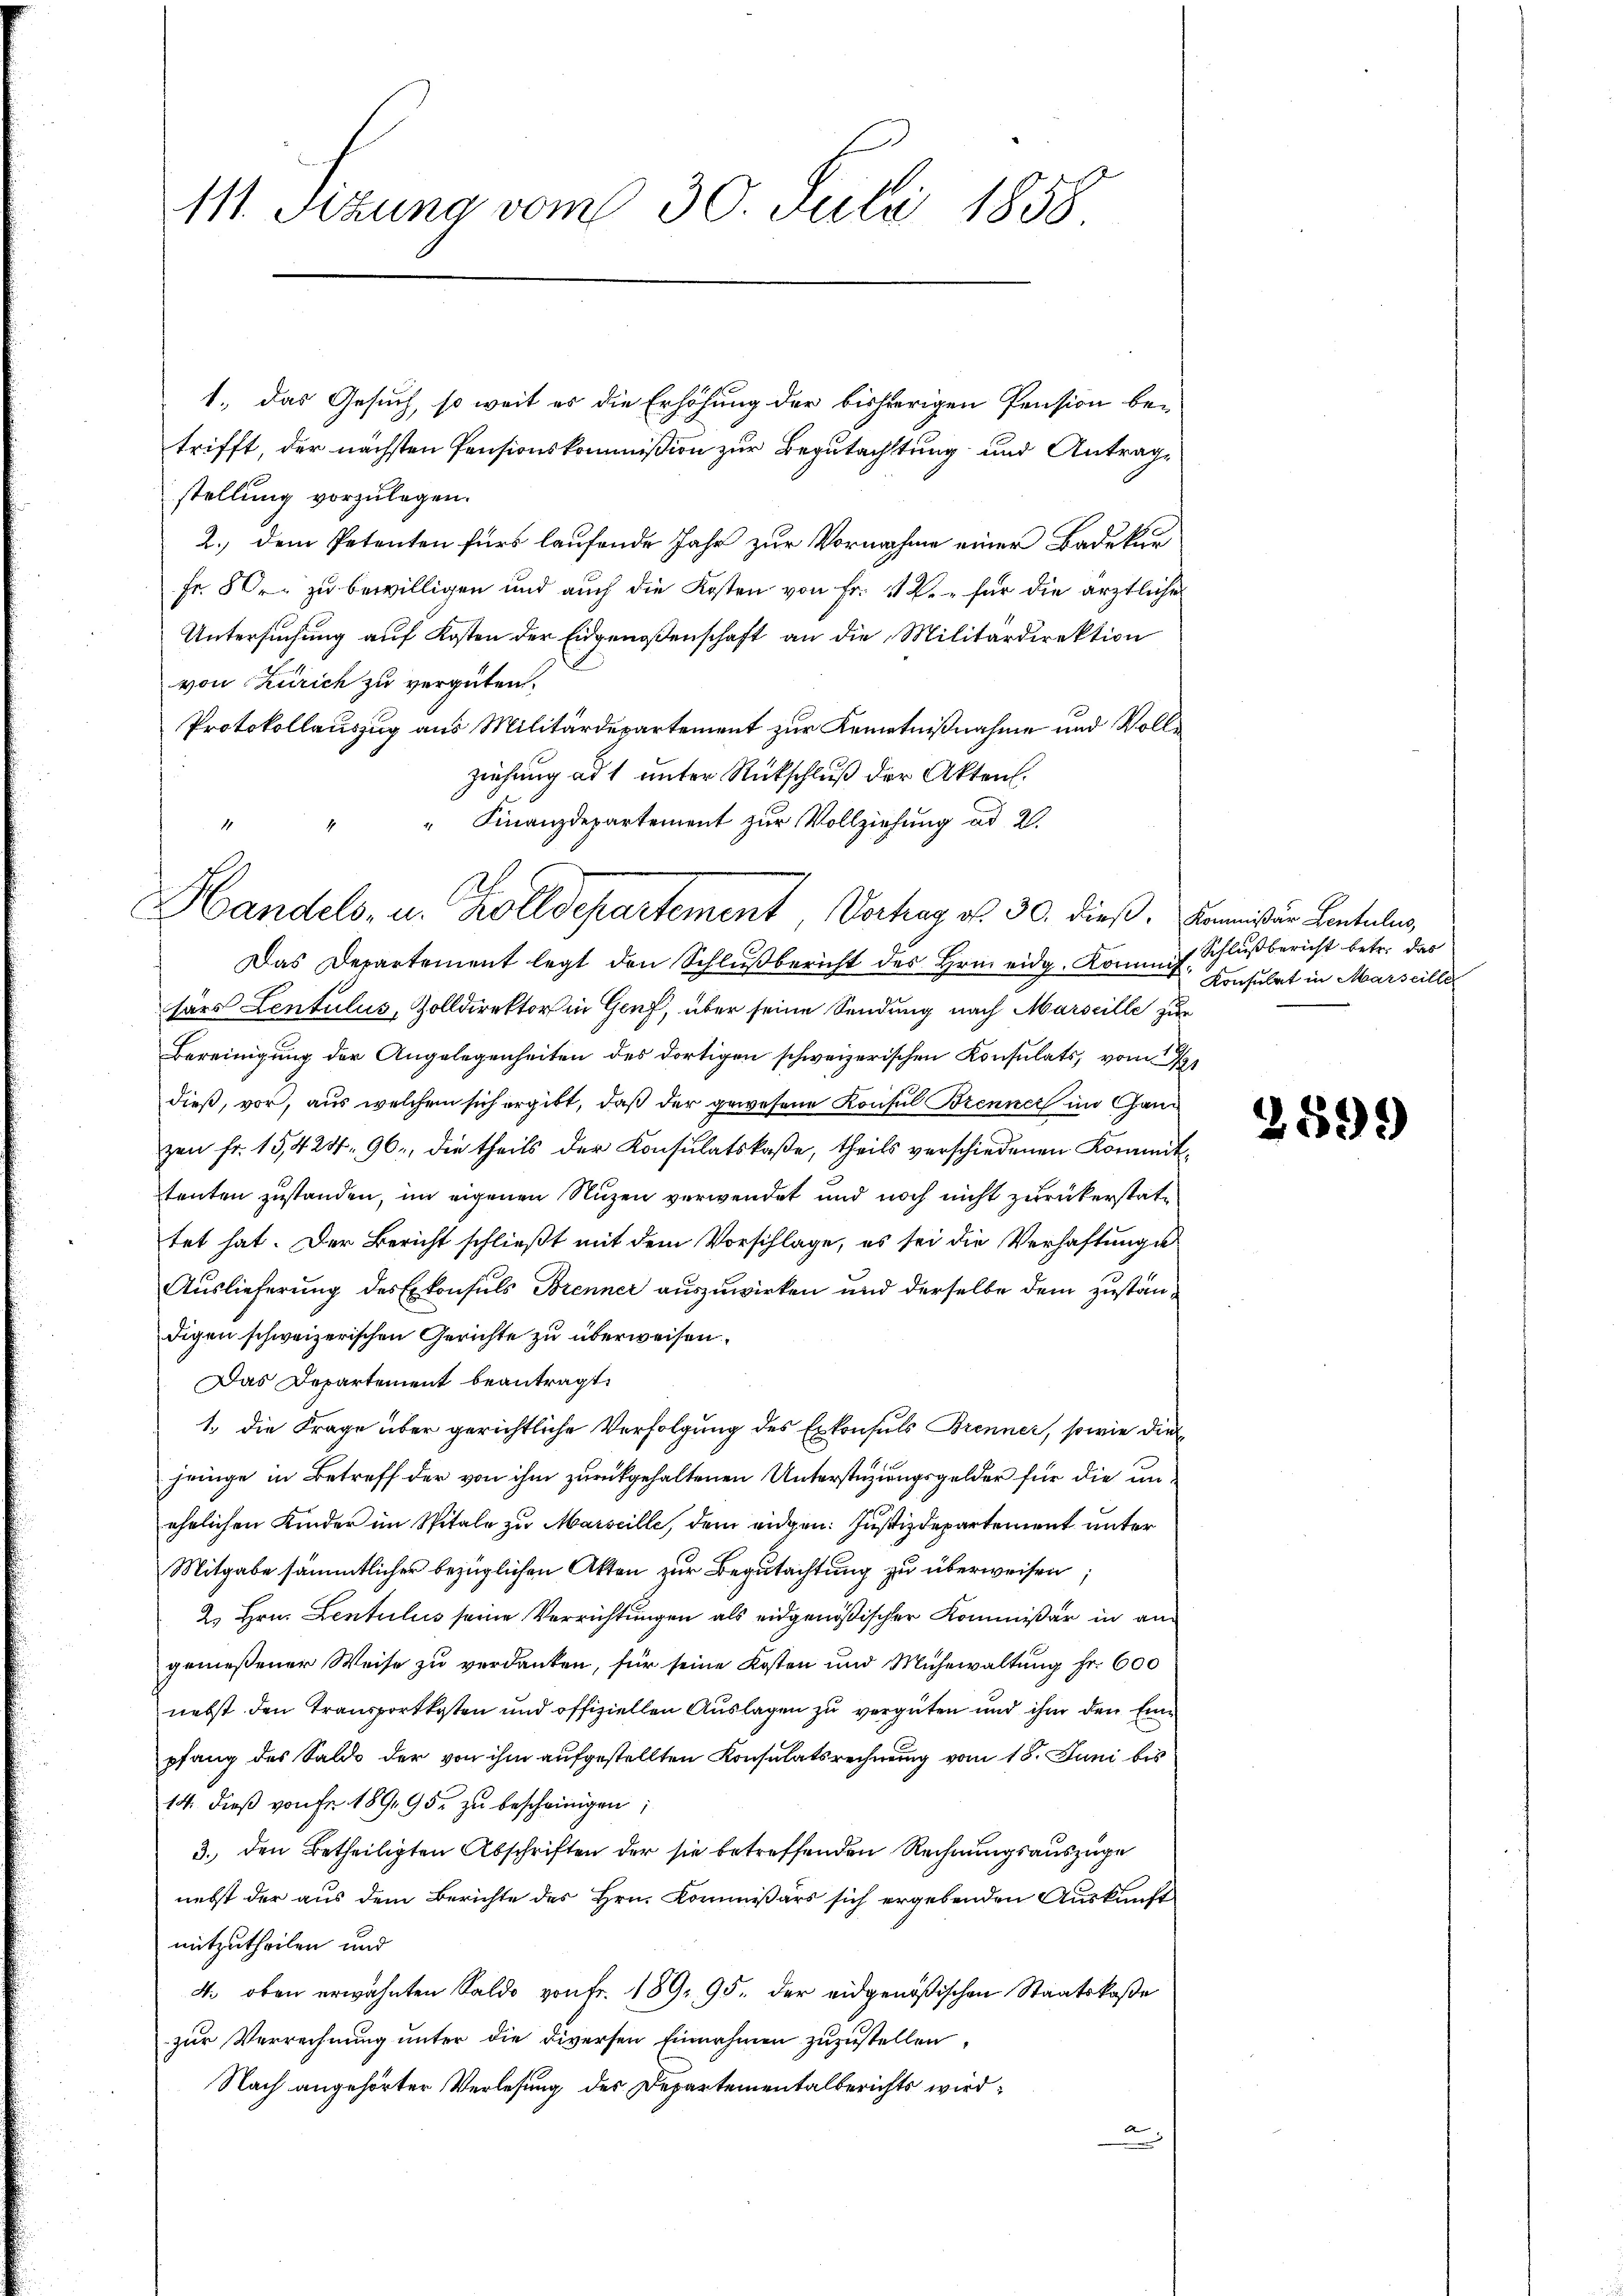
111. Sizung vom 30. Juli 1858

Handels- u. Zolldepartement, Vorhag v. 30. dieß, Kommißion Lantulis,

1., das Gesuch, so weit es die Erhöhung der bisherigen Pension be-
trifft, der nächsten Pensionskommißion zur Begutachtung und Antragstellung vorzulegen.
2.) dem Petenten fürs laufende Jahr zur Vornahme einer Badekun
Fr. 80. zu bewilligen und auch die Kosten von Fr. 11 R. für die ärztlicher
Untersuchung auf Kosten der Eidgenoßenschaft an die Militärdirektion
von Zürich zu vergüten.
Protokollauszug aus Militärdepartement zur Kenntnißnahme und Vollziehung ad 1 unter Rückschluß der Akten.
" Finanzdepartement zur Vollziehung ad 2.
Ah

Das Departement legt den Schlŭβbericht des Hrn. eidg. Kommis Schlußbericht betr. das
härs Lentulus, Zolldirektor in Genf, über seine Sendung nach Marseille zur
Bereinigung der Angelegenheiten des dortigen schweizerischen Konsulats, vom 21
dieß, vor, aus welchem sich ergibt, daß der gewesene Konsul Brenner im Ganz
zen fr. 15,424, 96, die theils der Konsulatskaße, theils verschiedenen Kommittenten zustanden, im eigenen Nuzen verwendet und noch nicht zurückerstattet hat. Der Bericht schließt mit dem Vorschlage, es sei die Verhaftunge
Auslieferung des Erkonsuls Brenner auszuwirken und derselbe dem zuständigen schweizerischen Gerichte zu überweisen.
Das Departement beantragt.
1., die Frage über gerichtliche Verfolgung des Erkonsuls Brenner, sowie die
jenige in Betreff der von ihm zurückgehaltenen Unterstüzungsgelder für die unehelichen Kinder im Spitale zu Marseille, dem eidgen: Justizdepartement unter
Mitgabe sämmtlicher bezüglichen Akten zur Begutachtung zu überweisen
2. Hrn. Lentulus seine Verrichtungen als eidgenößischer Kommißär in angemeßener Weise zu verdanken, für seine Kosten und Mühewaltung fr. 600
nebst den Transportkosten und offiziellen Auslagen zu vergüten und ihn den Einpfang des Saldo der von ihm aufgestellten Konsulatsrechnung vom 18. Juni bis
14. dieß von Fr. 189, 95 zu bescheinigen,
3. den Betheiligten Abschriften der sie betreffenden Rechnungsauszuge
nebst der aus dem Berichte des Hrn. Kommissärs sich ergebenden Auskunft
mitzutheilen und
4. oben erwähnten Saldo von Fr. 189. 95. der eidgenößischen Staatskaße
zur Verrechnung unter die diversen Einnahmen zuzustellen,
Nach angehörter Verlesung des Departementalberichts wird

Konsulat in Marseille

2899